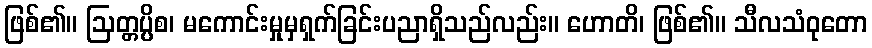
ဖြစ်၏။ ဩတ္တပ္ပိစ၊ မကောင်းမှုမှရှက်ခြင်းပညာရှိသည်လည်း။ ဟောတိ၊ ဖြစ်၏။ သီလသံဝုတော